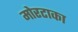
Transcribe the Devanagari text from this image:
मोरटाका